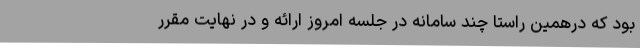
بود که درهمین راستا چند سامانه در جلسه امروز ارائه و در نهایت مقرر